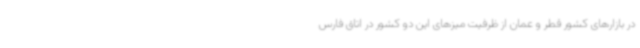
در بازارهای کشور قطر و عمان از ظرفیت میزهای این دو کشور در اتاق فارس